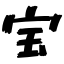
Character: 宝